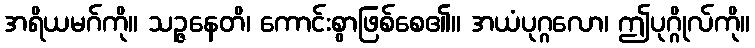
အရိယမဂ်ကို။ သဉ္ဇနေတိ၊ ကောင်းစွာဖြစ်စေ၏။ အယံပုဂ္ဂလော၊ ဤပုဂ္ဂိုလ်ကို။